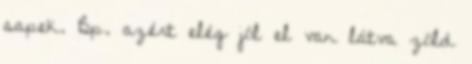
sapek. Bp. azért elég jól el van látva zöld